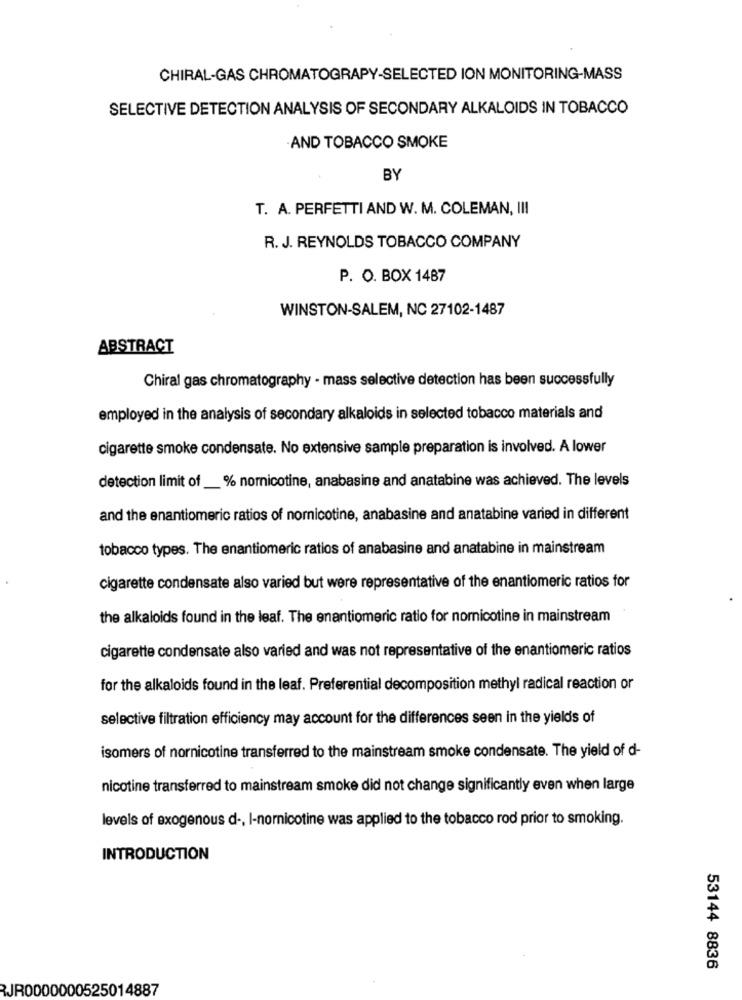
CHIRAL-GAS CHROMATOGRAPY-SELECTED ION MONITORING-MASS
SELECTIVE DETECTION ANALYSIS OF SECONDARY ALKALOIDS IN TOBACCO
AND TOBACCO SMOKE
BY
T. A. PERFETTI AND W. M. COLEMAN, III
R. J. REYNOLDS TOBACCO COMPANY
P. O. BOX 1487
WINSTON-SALEM, NC 27102-1487
ABSTRACT
Chiral gas chromatography - mass selective detection has been successfully
employed in the analysis of secondary alkaloids in selected tobacco materials and
cigarette smoke condensate. No extensive sample preparation is involved. A lower
detection limit of_% nornicotine, anabasine and anatabine was achieved. The levels
and the enantiomeric ratios of nornicotine, anabasine and anatabine varied in different
tobacco types. The enantiomeric ratios of anabasine and anatabine in mainstream
cigarette condensate also varied but were representative of the enantiomeric ratios for
the alkaloids found in the leaf. The enantiomeric ratio for nomnicotine in mainstream
cigarette condensate also varied and was not representative of the enantiomeric ratios
for the alkaloids found in the leaf. Preferential decomposition methyl radical reaction or
selective filtration efficiency may account for the differences seen in the yields of
isomers of nornicotine transferred to the mainstream smoke condensate. The yield of d-
nicotine transferred to mainstream smoke did not change significantly even when large
levels of exogenous d -, I-nornicotine was applied to the tobacco rod prior to smoking.
INTRODUCTION
53144 8836
RJR0000000525014887